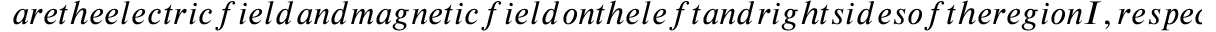
a r e t h e e l e c t r i c f i e l d a n d m a g n e t i c f i e l d o n t h e l e f t a n d r i g h t s i d e s o f t h e r e g i o n I , r e s p e c t i v e l y . E q u a t i o n ( 1 0 ) r e g a r d s t h e r e g i o n I a s a t w o - p o r t n e t w o r k , a n d t h e s y s t e m r e s o n a n c e a n d l o s s d i s t r i b u t i o n o f t h e r e g i o n I c a n b e e f f e c t i v e l y m a n i p u l a t e d b y a d j u s t i n g t h e v a l u e s o f